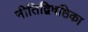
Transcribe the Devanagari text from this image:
नीतिद्विषष्ठिका